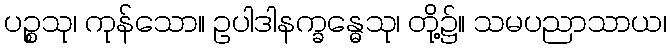
ပဉ္စသု၊ ကုန်သော။ ဥပါဒါနက္ခန္ဓေသု၊ တို့၌။ သမပညာသာယ၊